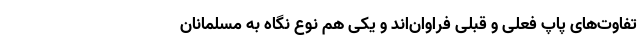
تفاوت‌های پاپ فعلی و قبلی فراوان‌اند و یکی هم نوع نگاه به مسلمانان